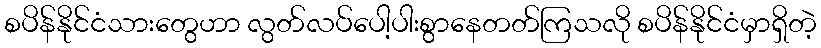
စပိန်နိုင်ငံသားတွေဟာ လွတ်လပ်ပေါ့ပါးစွာနေတတ်ကြသလို စပိန်နိုင်ငံမှာရှိတဲ့